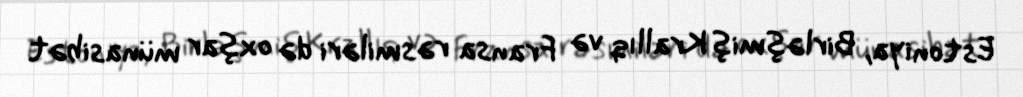
Estoniya, Birləşmiş Krallıq və Fransa rəsmiləri də oxşar münasibət